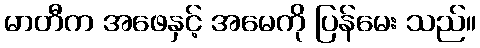
မာတီက အဖေနှင့် အမေကို ပြန်မေး သည်။